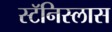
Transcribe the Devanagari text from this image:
स्टॅनिस्लास